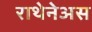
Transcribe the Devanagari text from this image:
राथेनेअस